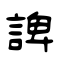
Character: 諀